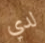
لدي